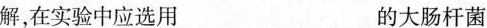
解，在实验中应选用___的大肠杆菌